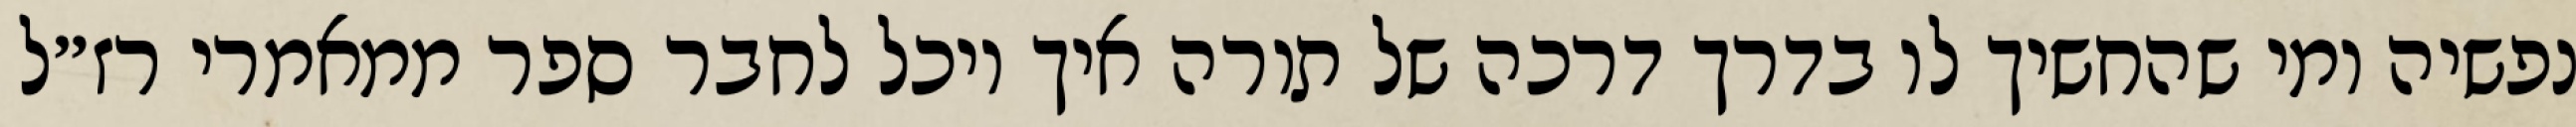
נפשיה ומי שהחשיך לו בדרך דרכה של תורה איך יוכל לחבר ספר ממאמרי רז״ל